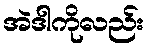
အဲဒါကိုလည်း